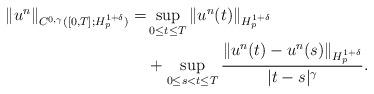
LaTeX: \begin{align*}\begin{aligned}\|u^n\|_{C^{0,\gamma}([0,T]; H^{1+\delta}_p)}=&\sup_{0\le t\le T}\|u^n(t)\|_{H^{1+\delta}_p}\\& +\sup_{0\le s<t\le T} \frac{\|u^n(t)-u^n(s)\|_{H_p^{1+\delta}}}{|t-s|^\gamma}.\end{aligned}\end{align*}